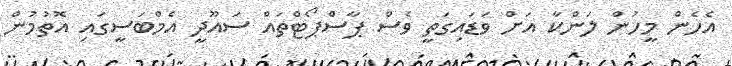
އެހެން މީހުން ލަންކާ އަށް ވަޑައިގަތީ ވެސް ޕާސްޕޯޓްތައް ސައޫދީ އެމްބަސީގައި އޮތުމުން